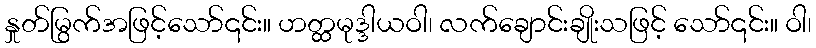
နှုတ်မြွက်အဖြင့်သော်၎င်း။ ဟတ္ထမုဒ္ဒါယဝါ၊ လက်ချောင်းချိုးသဖြင့် သော်၎င်း။ ဝါ၊